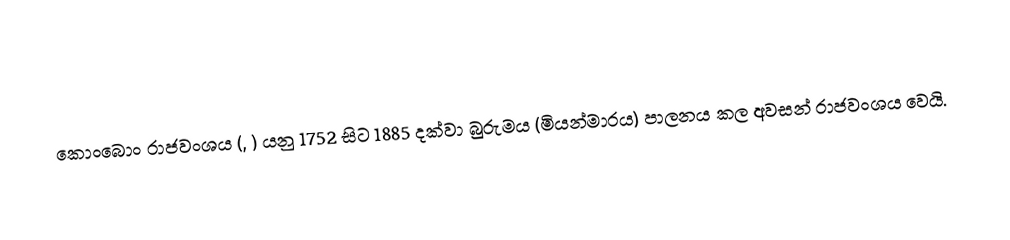
කොංබොං රාජවංශය (, ) යනු 1752 සිට 1885 දක්වා බුරුමය (මියන්මාරය) පාලනය කල අවසන් රාජවංශය වෙයි.